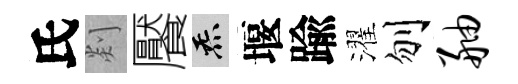
氏剡饜炁堰踰濯刎舳